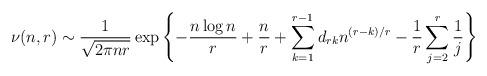
LaTeX: \begin{align*}\nu(n,r)\sim\frac{1}{\sqrt{2\pi nr}}\exp\left\{-\frac{n\log n}{r}+\frac{n}{r}+\sum_{k=1}^{r-1}d_{rk}n^{(r-k)/r}-\frac{1}{r}\sum_{j=2}^r\frac{1}{j}\right\}\end{align*}